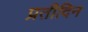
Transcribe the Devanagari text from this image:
प्रतीदिन